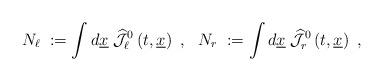
LaTeX: \begin{align*}N_\ell \;:= \int d\underline{x} \;\widehat{{\mathcal J}}_\ell^0 \left( t, \underline{x}\right)~, ~~N_r\;:= \int d\underline{x}\;\widehat{{\mathcal J}}_r^0 \left( t, \underline{x}\right)~, \end{align*}